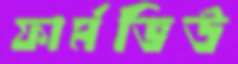
ফার্মভিউ